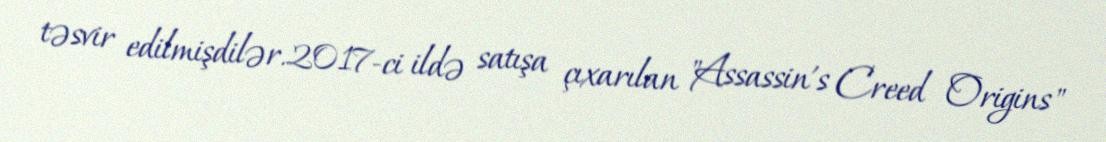
təsvir edilmişdilər.2017-ci ildə satışa çıxarılan "Assassin's Creed Origins"